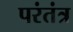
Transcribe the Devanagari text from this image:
परंतंत्र